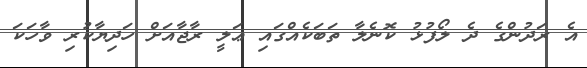
އެ ރަދުންގެ ދެ ލޯފުޅު ކޮނެލާ ތަބަކެއްގައި ޢަލީ ރާޖާއަށް ހަދިޔާކުރި ވާހަކަ